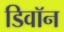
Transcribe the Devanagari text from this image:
डिवॉन